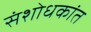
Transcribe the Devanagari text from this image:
संशोधकांत